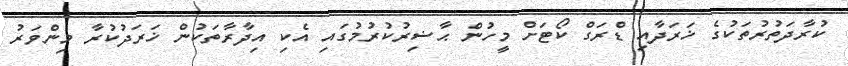
ކުރާދަތުރުތަކުގެ ޚަރަދާއި ޑްރަގް ކޯޓަށް މީހުން ޙާޟިރުކުރުމުގައި އެކި އިދާރާތަކުން ޚަރަދުކުރާ މިންވަރު